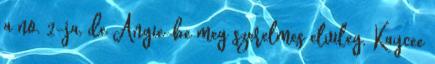
a no. 2-ja, de Angie-be meg szerelmes elvileg. Kaycee